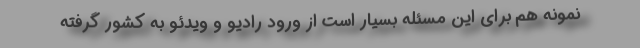
نمونه هم برای این مسئله بسیار است از ورود رادیو و ویدئو به کشور گرفته